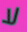
لا